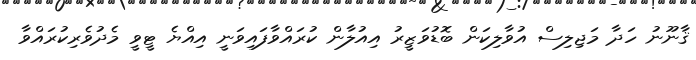
ޤާނޫނު ހަދާ މަޖިލިސް އުވާލިކަން ބޮޑުވަޒީރު އިއުލާން ކުރައްވާފައިވަނީ އިއްޔެ ޓީވީ މެދުވެރިކުރައްވާ